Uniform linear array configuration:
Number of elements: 8
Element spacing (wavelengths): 0.25
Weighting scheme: binomial
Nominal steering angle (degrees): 60
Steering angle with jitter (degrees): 60.808
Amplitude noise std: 0.05
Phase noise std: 0.05

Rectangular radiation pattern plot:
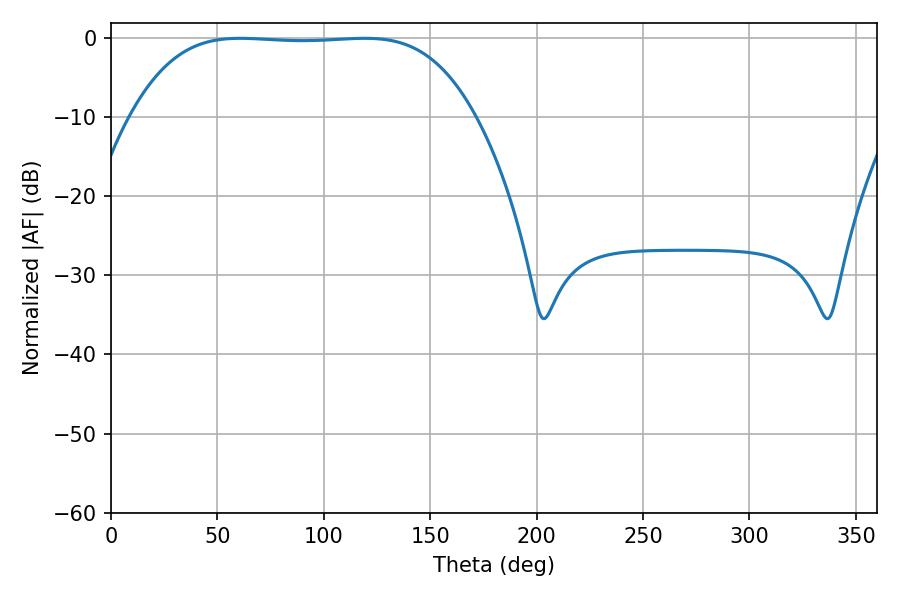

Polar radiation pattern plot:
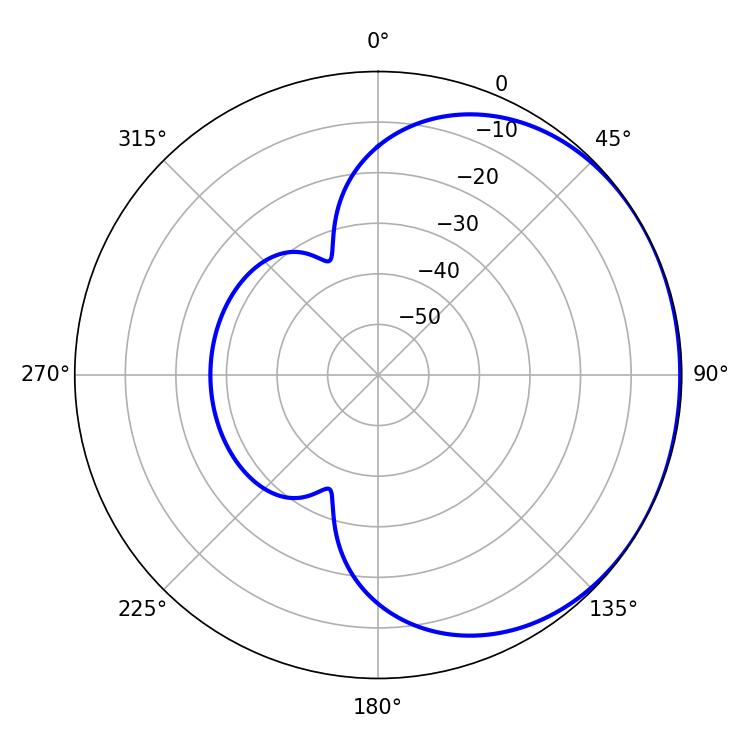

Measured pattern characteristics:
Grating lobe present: FALSE
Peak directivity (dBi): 0.7392
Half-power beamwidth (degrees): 124.2
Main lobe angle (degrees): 60.66